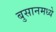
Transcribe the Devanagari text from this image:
बुसानमध्ये